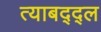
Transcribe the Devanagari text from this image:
त्याबद्द्ल